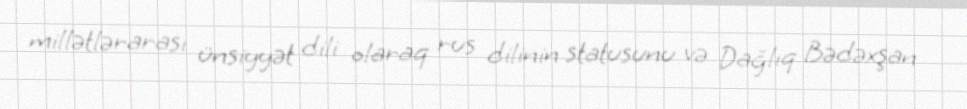
millətlərarası ünsiyyət dili olaraq rus dilinin statusunu və Dağlıq Bədəxşan